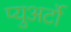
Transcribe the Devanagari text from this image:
प्युअर्टो